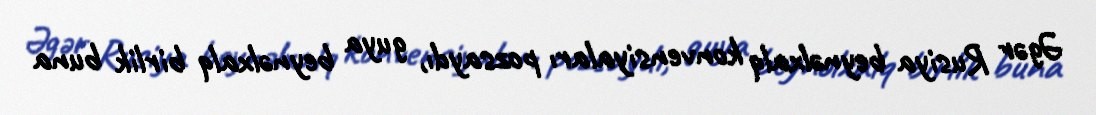
Əgər Rusiya beynəlxalq konvensiyaları pozsaydı, guya beynəlxalq birlik buna